Black-water fever - Number 35
Disease focus: Fever
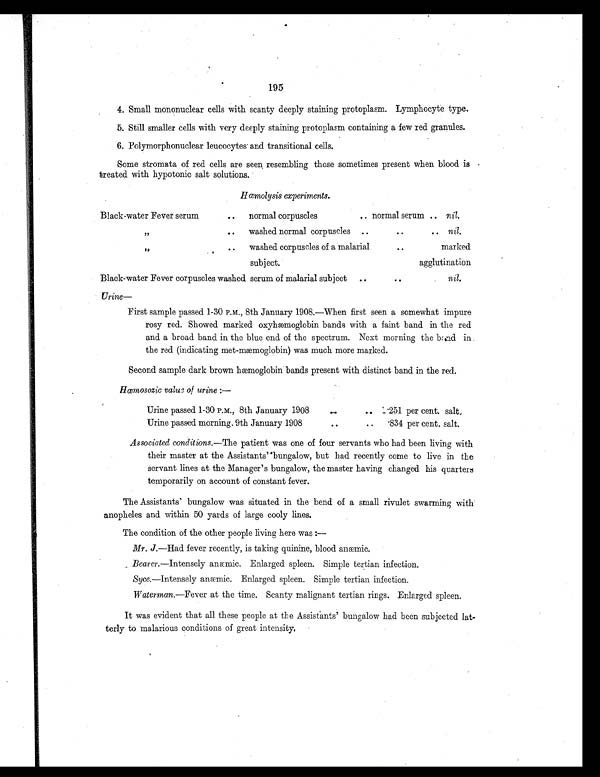
195
4. Small mononuclear cells with scanty deeply staining protoplasm. Lymphocyte type.
5. Still smaller cells with very deeply staining protoplasm containing a few red granules.
6. Polymorphonuclear leucocytes and transitional cells.
Some stromata of red cells are seen resembling those sometimes present when blood is
treated with hypotonic salt solutions.
Hœmolysis experiments.
Black-water Fever serum
.. normal corpuscles
.. normal serum .. nil.
, ,
. . washed normal corpuscles ..
..
. .
. . nil.
, ,
. . washed corpuscles of a malarial
..
marked
subject.
agglutination
Black-water Fever corpuscles washed serum of malarial subject ..
. .
nil.
Urine—
First sample passed 1-30 P.M., 8th January 1908.—When first seen a somewhat impure
rosy red. Showed marked oxyhæmoglobin bands with a faint band in the red
and a broad band in the blue end of the spectrum. Next morning the band in
the red (indicating met-mæmoglobin) was much more marked.
Second sample dark brown hæmoglobin bands present with distinct band in the red.
Hœmosozic value of urine : —
Urine passed 1-30 P.M., 8th January 1908
..
. . .251 per cent. salt,
Urine passed morning, 9th January 1908
..
.. .834 per cent. salt.
Associated conditions.—The patient was one of four servants who had been living with
their master at the Assistants' `bungalow, but had recently come to live in the
servant lines at the Manager's bungalow, the master having changed his quarters
temporarily on account of constant fever.
The Assistants' bungalow was situated in the bend of a small rivulet swarming with
anopheles and within 50 yards of large cooly lines.
The condition of the other people living here was :—
Mr. J.—Had fever recently, is taking quinine, blood anæmic.
Bearer.—Intensely anæmic. Enlarged spleen. Simple tertian infection.
Syce.—Intensely anæmic. Enlarged spleen. Simple tertian infection.
Waterman.—Fever at the time. Scanty malignant tertian rings. Enlarged spleen,
It was evident that all these people at the Assistants' bungalow had been subjected lat-
terly to .malarious conditions of great intensity,